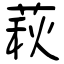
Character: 萩